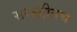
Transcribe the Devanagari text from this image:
सरहद्दीतच